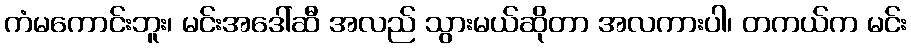
ကံမကောင်းဘူး၊ မင်းအဒေါ်ဆီ အလည် သွားမယ်ဆိုတာ အလကားပါ၊ တကယ်က မင်း